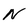
Character: N